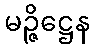
မဉ္ဇိဋ္ဌေန